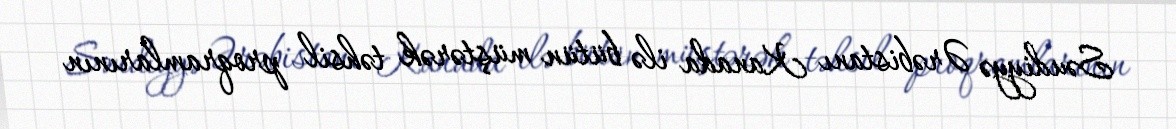
Səudiyyə Ərəbistanı Kanada ilə bütün müştərək təhsil proqramlarının